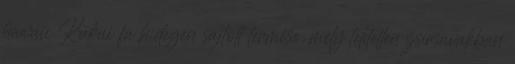
hawaii Kukui fa hidegen sajtolt termése, mely telítetlen zsírsavakban